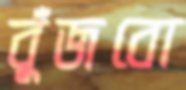
বুঁজবো